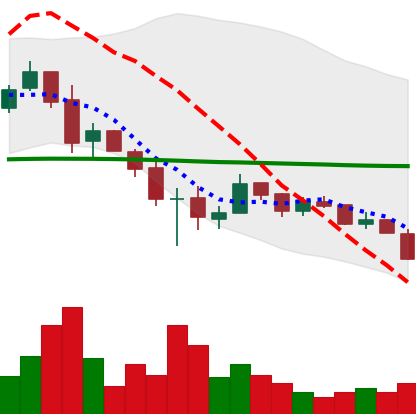
Ticker: XRP-USD
Chart end date: 2018-12-06
Forward return: -3.085%
Label: down_3_5